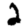
Digit: 2